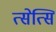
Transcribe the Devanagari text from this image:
त्सेत्सि